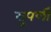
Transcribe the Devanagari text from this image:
सुपर्णी